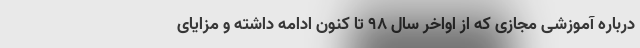
درباره آموزشی مجازی که از اواخر سال ۹۸ تا کنون ادامه داشته و مزایای